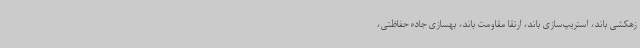
زهکشی باند، استریپ‌سازی باند، ارتقا مقاومت باند، بهسازی جاده حفاظتی،